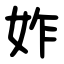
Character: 妰